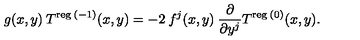
g ( x , y ) \: T ^ { \mathrm { \scriptsize { r e g } } \: ( - 1 ) } ( x , y ) = - 2 \: f ^ { j } ( x , y ) \: \frac { \partial } { \partial y ^ { j } } T ^ { \mathrm { \scriptsize { r e g } } \: ( 0 ) } ( x , y ) .